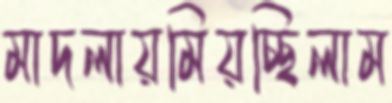
মাদলায়মিয়চ্ছিলাম